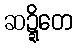
ဆဍ္ဍိတေ